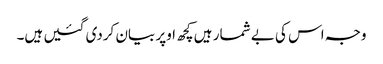
وجہ اس کی بے شمار ہیں کچھ اوپر بیان کردی گئیں ہیں۔